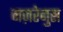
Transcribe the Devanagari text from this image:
नज़रेनुस